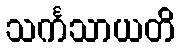
သင်္ကသာယတိ